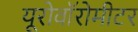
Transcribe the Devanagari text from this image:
यूरोवॉरोमीटर